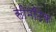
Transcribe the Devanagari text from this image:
सीमेटिक